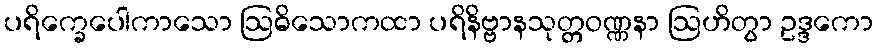
ပရိက္ခေပေါကာသော ဩဓိသောကထာ ပရိနိဗ္ဗာနသုတ္တဝဏ္ဏနာ ဩဟိတွာ ဥဒ္ဒကော